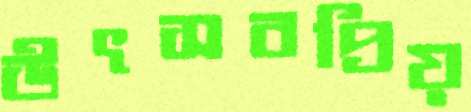
উৎসবপ্রিয়